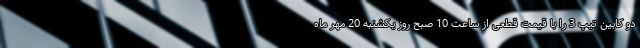
دو کابین تیپ 3 را با قیمت قطعی از ساعت 10 صبح روز یکشنبه 20 مهر ماه